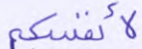
لأنفسكم